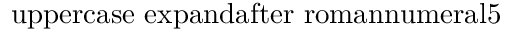
\mathrm { { \ u p p e r c a s e \ e x p a n d a f t e r { \ r o m a n n u m e r a l 5 } } }